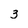
Character: 3